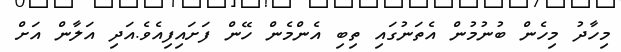
މިހާދު މިހެން ބުނުމުން އެތަނުގައި ތިބި އެންމެން ހޭން ފަށައިފިއެވެ.އަދި އަލާން އަށް